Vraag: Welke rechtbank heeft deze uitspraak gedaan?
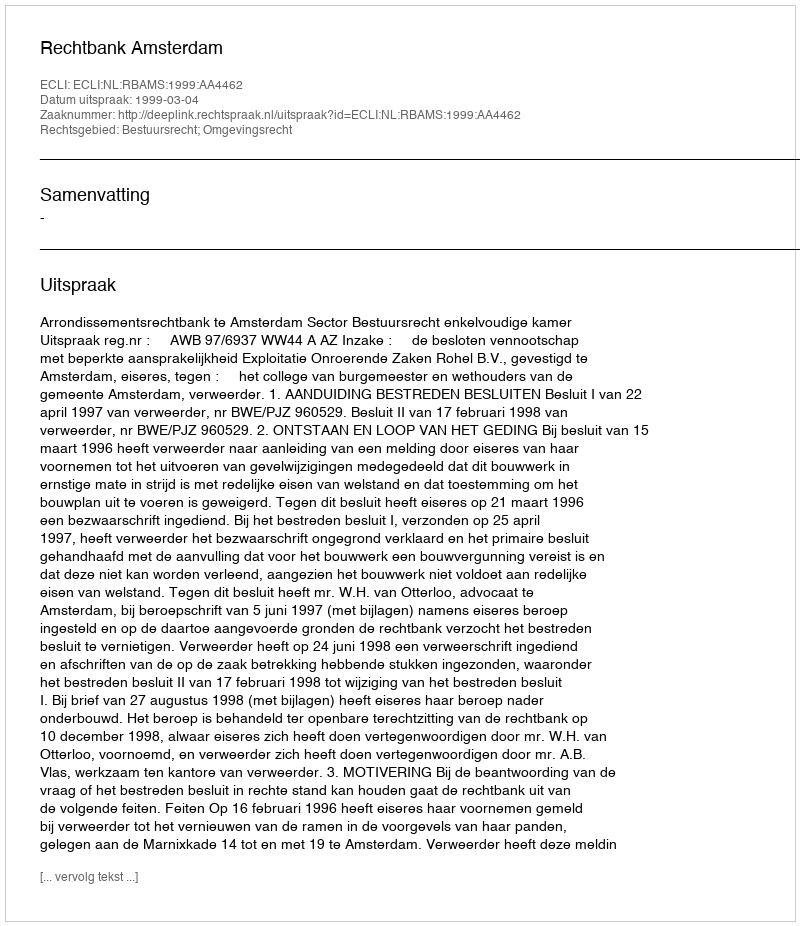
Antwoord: Rechtbank Amsterdam